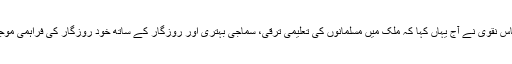
مرکزی وزیر برائے اقلیتی امور وحج مختار عباس نقوی نے آج یہاں کہا کہ ملک میں مسلمانوں کی تعلیمی ترقی، سماجی بہتری اور روزگار کے ساتھ خود روزگار کی فراہمی موجودہ مودی حکومت کی ترجیحات میں شامل ہیں۔